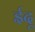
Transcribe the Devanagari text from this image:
ईदू